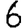
Digit: 6